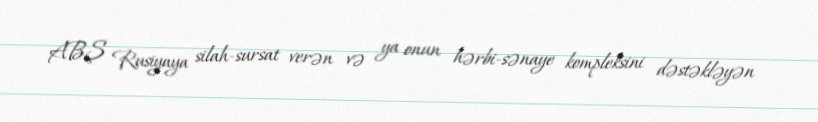
ABŞ Rusiyaya silah-sursat verən və ya onun hərbi-sənaye kompleksini dəstəkləyən